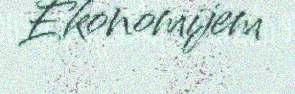
Ekonomijem